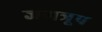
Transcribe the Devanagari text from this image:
जगत्रूप